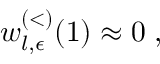
w _ { l , \epsilon } ^ { ( < ) } ( 1 ) \approx 0 \; ,